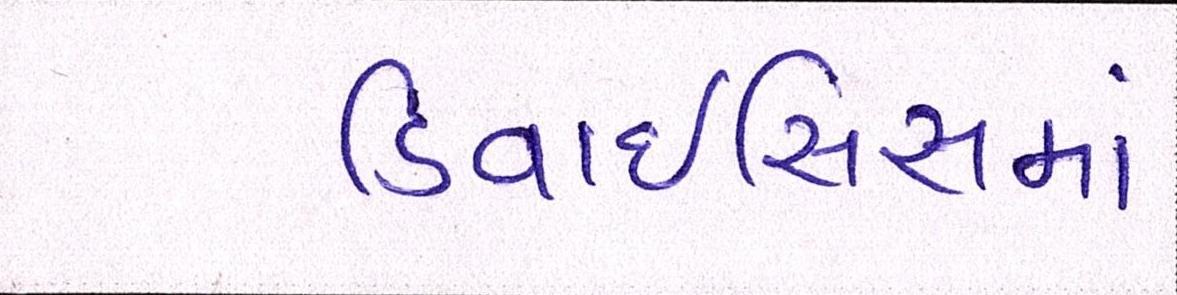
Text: ડિવાઇસિસમાં